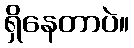
ရှိနေတာပဲ။